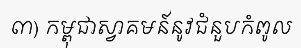
៣) កម្ពុជាស្វាគមន៍នូវជំនួបកំពូល